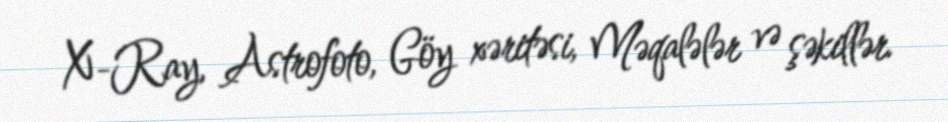
X-Ray, Astrofoto, Göy xəritəsi, Məqalələr və şəkillər.